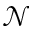
\mathcal { N }